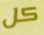
كل